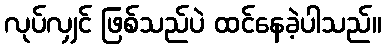
လုပ်လျှင် ဖြစ်သည်ပဲ ထင်နေခဲ့ပါသည်။